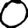
Digit: 0